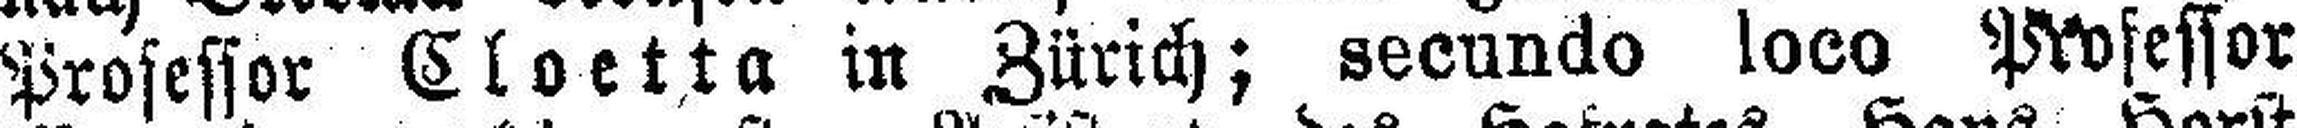
Professor Cloetta in Zürich; secundo loco Professor